Sanitation, dispensaries and jails vaccination Rajputana 1922-1927 - 1922-1927
Year: 1922
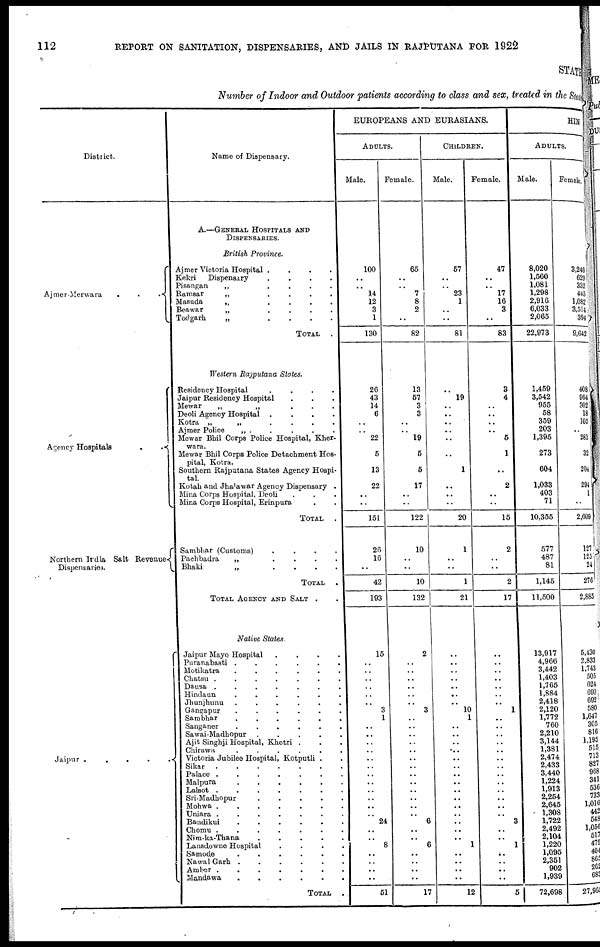
112
REPORT ON SANITATION, DISPENSARIES, AND JAILS IN RAJPUTANA FOR 1922
STATE
Number of Indoor and Outdoor patients according to class and sex, treated in the State
District.
Ajmer-Merwara...
Agency Hospitals..
Northern India Salt Revenues
Dispensaries.
Jaipur.....
Name of Dispensary.
A.—GENERAL HOSPITALS AND
DISPENSARIES.
British Province.
Ajmer Victoria Hospital....
Kekri
Dispensary....
Pisangan
„
....
Ramsar
„
....
Masuda
„
....
Beawar
„
....
Todgarh
„
....
TOTAL.
Western Rajputana States.
Residency Hospital....
Jaipur Residency Hospital...
Mewar
„
„...
Deoli Agency Hospital....
Kotra „
„....
Ajmer Police
„ .....
Mewar Bhil Corps Police Hospital, Kher¬
wara.
Mewar Bhil Corps Police Detachment Hos-
pital, Kotra.
Southern Rajputana States Agency Hospi-
tal.
Kotah and Jhalawar Agency Dispensary.
Mina Corps Hospital, Deoli...
Mina Corps Hospital, Erinpura
TOTAL.
Sambhar (Customs)....
Pachbadra
„....
Bhaki
„
....
TOTAL.
TOTAL AGENCY AND SALT..
Native States.
Jaipur Mayo Hospital....
Puranabasti......
Motikatra......
Chatsu.......
Dausa.......
Hindaun......
Jhunjhunu......
Gangapur......
Sambhar......
Sanganer......
Sawai-Madhopur.....
Ajit Singhji Hospital, Khetri...
Chirawa......
Victoria Jubilee Hospital, Kotputli..
Sikar.......
Palace.......
Malpura......
Lalsot.......
Sri-Madhopur
Mohwa.......
Uniara.......
Bandikui......
Chomu.......
Nim-ka-Thana.....
Lansdowne Hospital....
Samode......
Nawal
Garh......
Amber.......
Mandawa......
TOTAL.
EUROPEANS AND EURASIANS.
ADULTS.
Male.
100
..
..
14
12
3
1
130
26
43
14
6
..
..
22
5
13
22
..
..
151
26
16
..
42
193
15
..
..
..
..
..
..
3
1
..
..
..
..
..
..
..
..
..
..
..
..
24
..
..
8
..
..
..
..
51
Female.
65
..
..
7
8
2
..
82
13
57
3
3
..
..
19
5
5
17
..
..
122
10
..
..
10
132
2
..
..
..
..
..
..
3
..
..
..
..
..
..
..
..
..
..
..
..
..
6
..
..
6
..
..
..
..
17
CHILDREN.
Male.
57
..
...
23
1
..
..
81
..
19
..
..
..
..
..
..
1
..
..
..
20
1
..
..
1
21
..
..
..
..
..
..
..
10
1
..
..
..
..
..
..
..
..
..
..
..
..
..
..
..
1
..
..
..
..
12
Female.
47
..
..
17
16
3
..
83
3
4
..
..
..
..
5
1
..
2
..
..
15
2
..
..
2
17
..
..
..
..
..
..
..
1
..
..
..
..
..
..
..
..
..
..
..
..
..
3
..
..
1
..
..
..
..
5
HIN
ADULTS.
Male.
8,020
1,560
1,081
1,298
2,916
6,033
2,065
22,973
1,459
3,542
955
58
359
203
1,395
273
604
1,033
403
71
10,355
577
487
81
1,145
11,500
13,917
4,966
3,442
1,403
1,765
1,884
2,418
2,120
1,772
760
2,210
3,144
1,381
2,474
2,433
3,440
1,224
1,913
2,254
2,645
1,308
1,722
2,492
2,104
1,220
1,095
2,351
902
1,939
72,698
Female.
3,246
629
332
445
1,082
3,514
394
9,642
408
964
302
18
105
..
281
32
204
294
1
..
2,609
127
125
24
276
2,885
5,430
2,833
1,743
505
624
690
692
580
1,647
305
816
1,195
515
713
827
968
341
536
733
1,016
442
548
1,056
517
479
404
865
262
683
27,965